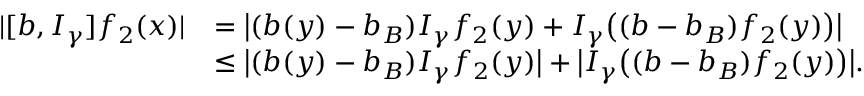
\begin{array} { r l } { | [ b , I _ { \gamma } ] f _ { 2 } ( x ) | } & { = \big | ( b ( y ) - b _ { B } ) I _ { \gamma } f _ { 2 } ( y ) + I _ { \gamma } \big ( ( b - b _ { B } ) f _ { 2 } ( y ) \big ) \big | } \\ & { \leq \big | ( b ( y ) - b _ { B } ) I _ { \gamma } f _ { 2 } ( y ) \big | + \big | I _ { \gamma } \big ( ( b - b _ { B } ) f _ { 2 } ( y ) \big ) \big | . } \end{array}